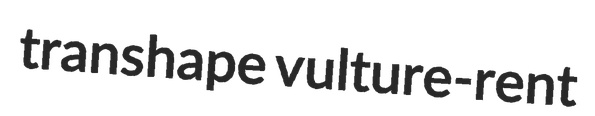
transhape vulture-rent